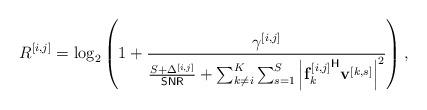
LaTeX: \begin{align*} R^{[i,j]}= \log_2 \left( 1+ \frac{ \gamma^{[i,j]} }{ \frac{S+\Delta^{[i,j]}}{\mathsf{SNR}}+ \sum_{k\neq i}^{K} \sum_{s=1}^{S}\left| {\mathbf{f}_{k}^{[i,j]}}^{\mathsf{H}}\mathbf{v}^{[k,s]}\right|^2 } \right),\end{align*}